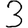
Digit: 3